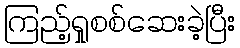
ကြည့်ရှုစစ်ဆေးခဲ့ပြီး